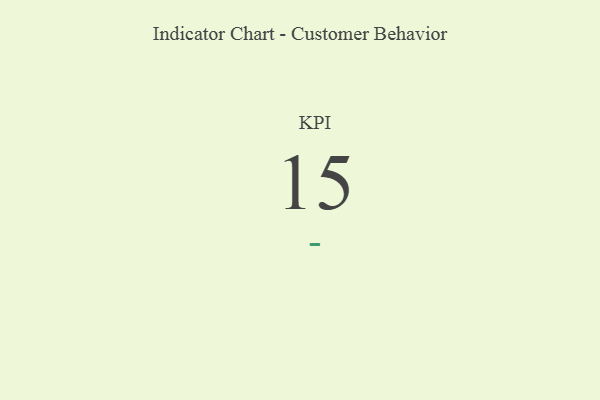
{"axis": {"x": "KPI", "y": "Value"}, "legend": [""], "data": [{"x": "KPI", "y": 15, "type": ""}]}